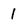
Character: 1